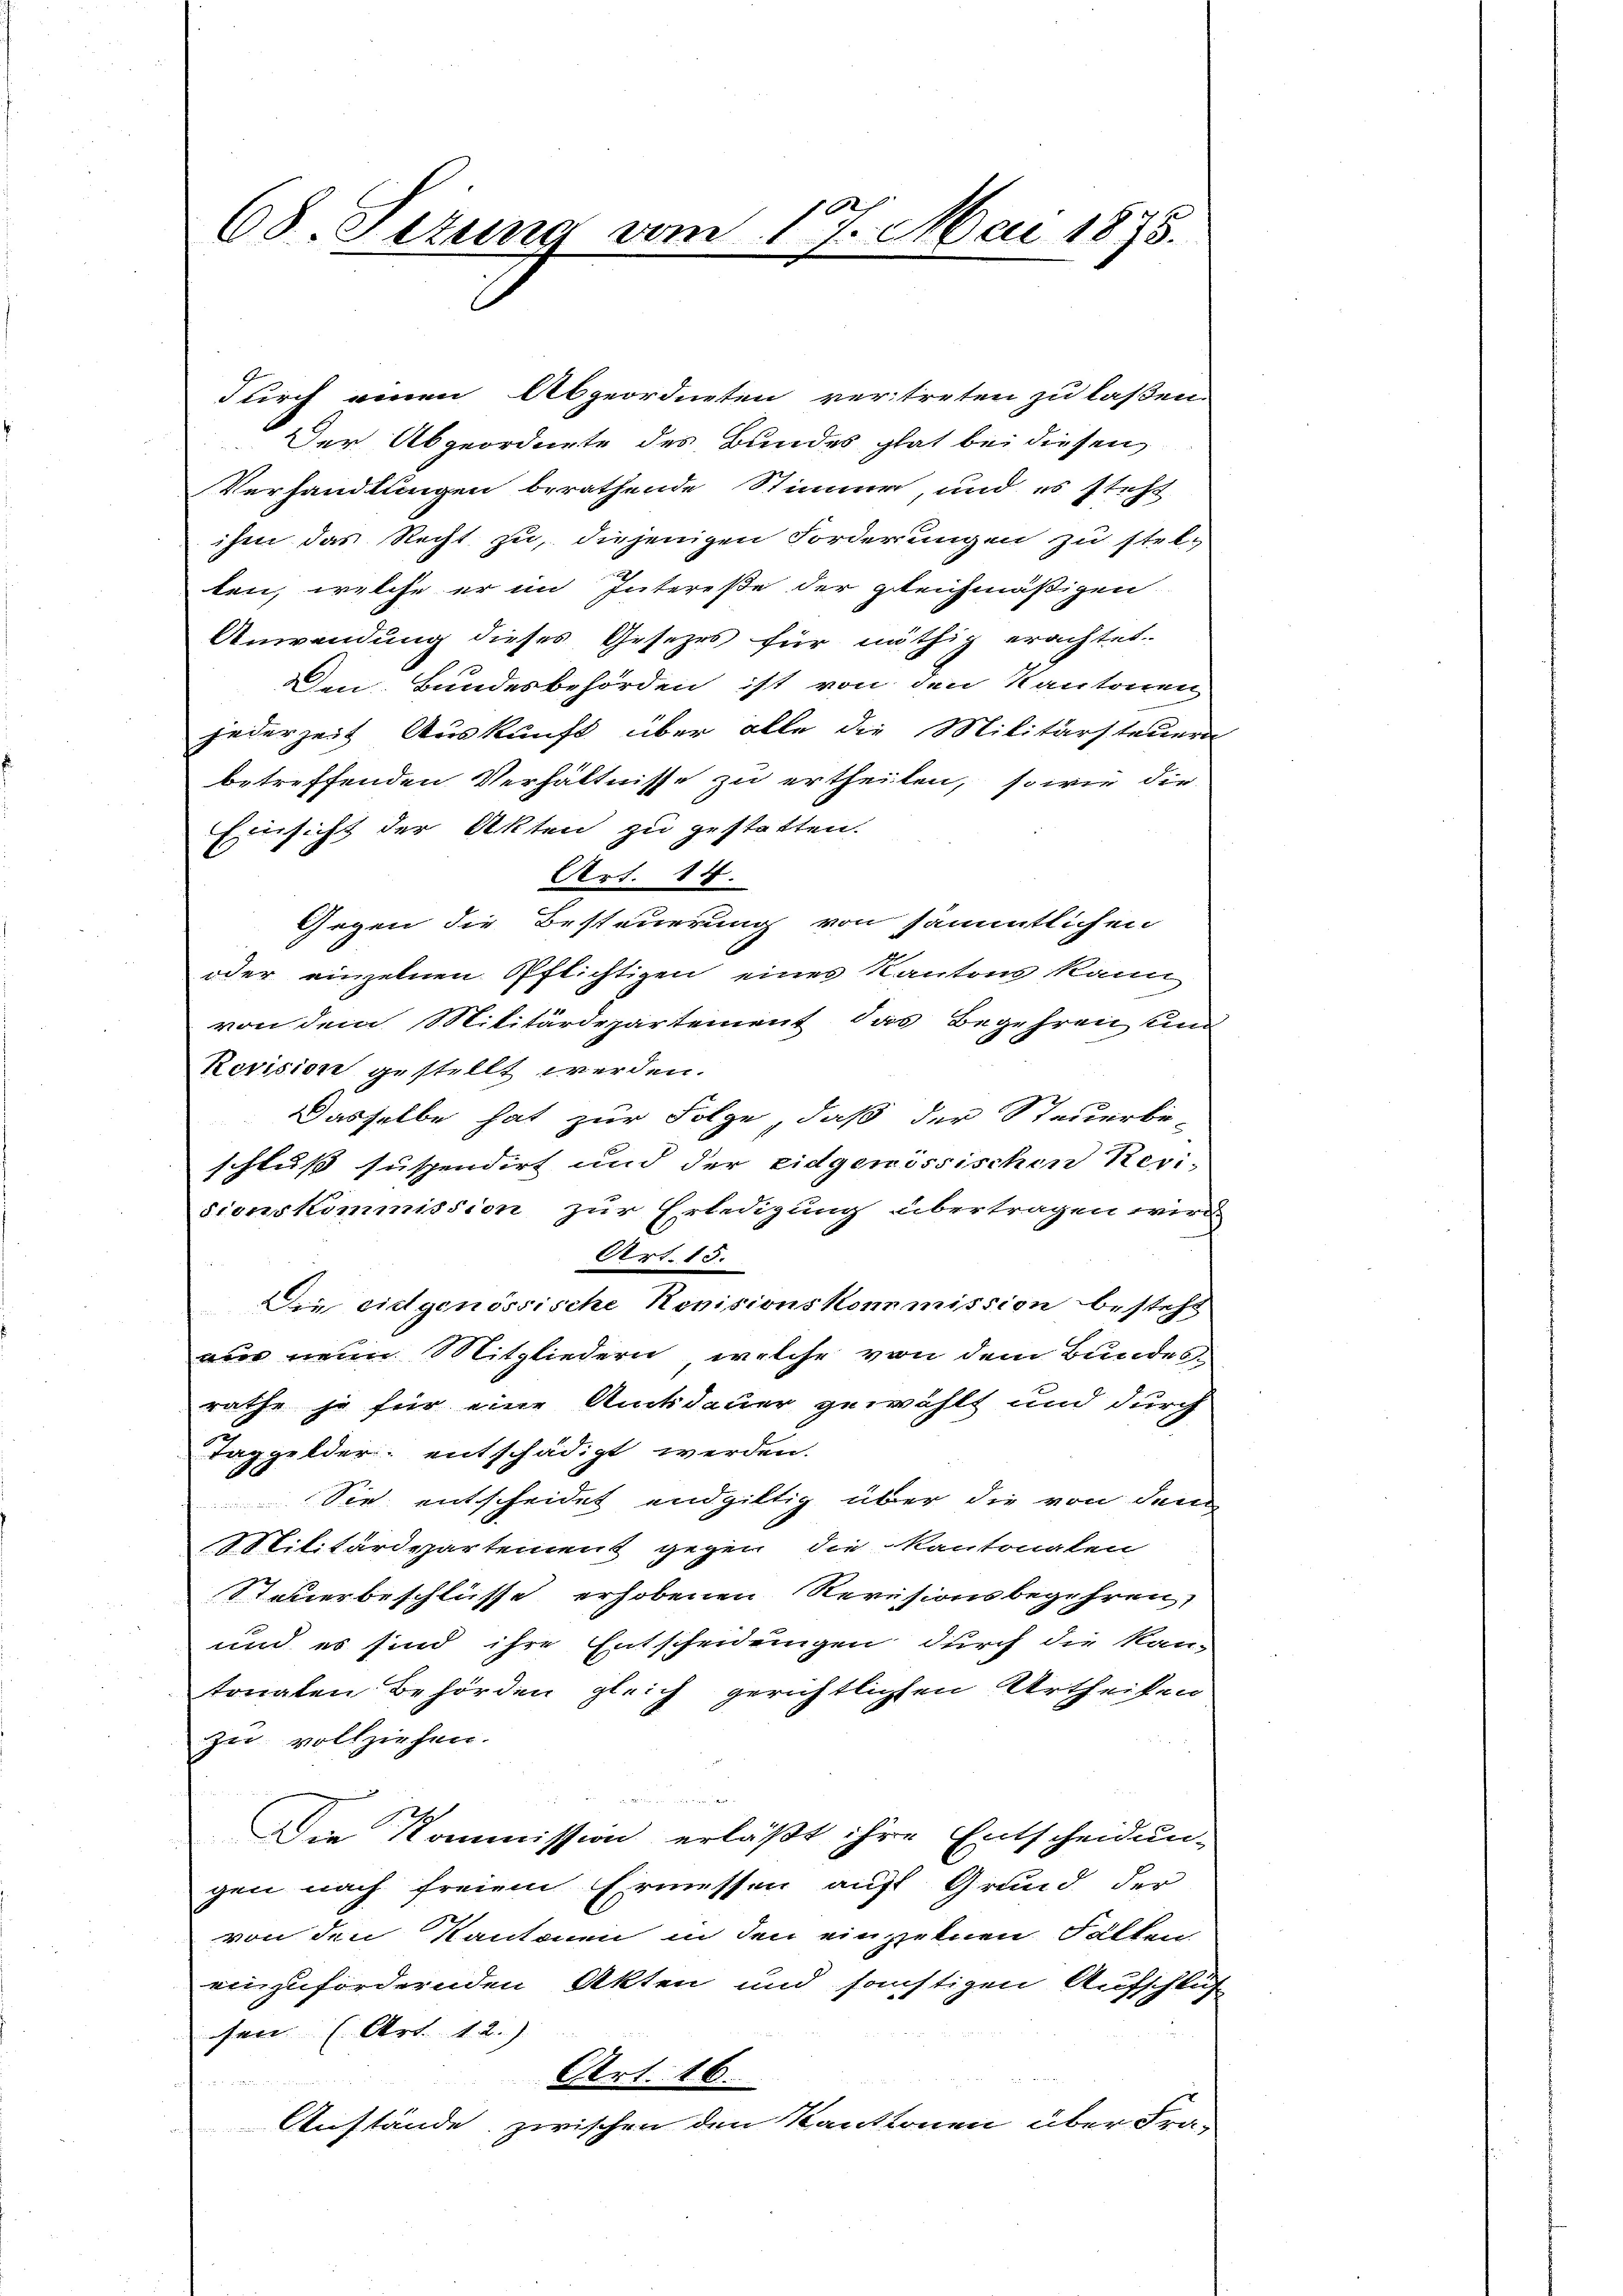
68. Petung vom 17. Mai 1875.

durch einen Abgeordneten vertreten zu laßen.
Der Abgeordnete des Bundes glat bei diesen
Verhandlungen berathende Stimme, und es steht
ihm das Recht zu, diejenigen Forderungen zu stelten, welche er im Intereße der gleichmäßigen
Anwendung dieses Gesetzes für nöthig erachtet.
10
Den Bundesbehörden ist von den Kantonen
jederzeit Auskunft über alle die Militärsteuern
betreffenden Verhältnisse zu ertheilen, so wie die
Einsicht der Akten zu gestatten.
Art. 14.
Gegen die Besteuerung von sämmtlichen
oder einzelnen Pflichtigen eines Kantons kann
von dem Militärdepartement das Begehren und
Revision gestellt werden.
Dasselbe hat zur Folge, daß der Steuerbe-
schluss suspendirt und der eidgenössischen Revi-
sionskommission zur Erledigung übertragen wird
Art. 15.
Die eidgenössische Revisionskommission besteht
nur neun Mitgliedern, welche von dem Bundesrathe je für eine Amtsdauer gewählt und durch
Taggelder: entschädigt werden.
Sie entscheidet endgültig über die von dem
Militärdepartement gegen die Kantonalen
Steuerbeschlüsse erhobenen Revisionsbegehren,
und es sind ihre Entscheidungen durch die kan-
tonalen Behörden gleich gerichtlichen Urtheilen
Zu vollziehen.
1222. Mitt
Die Kommission erläßt ihre Entscheidun-
gen nach freiem Ermessen auf Grund der
von den Kantonen in den einzelnen Fällen
einzufordernden Akten und sonstigen Aufschluß
fen (Art. 1. 2.)
Art. 16.

Anstände zwischen den Kantonen über Fra¬